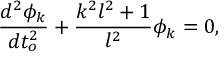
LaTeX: \frac { d ^ { 2 } \phi _ { k } } { d t _ { o } ^ { 2 } } + \frac { k ^ { 2 } l ^ { 2 } + 1 } { l ^ { 2 } } \phi _ { k } = 0 ,